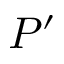
P ^ { \prime }